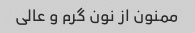
ممنون از نون گرم و عالی